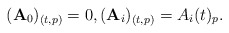
\begin{gather*}(\mathbf{A}_{0})_{(t,p)}=0,(\mathbf{A}_{i})_{(t,p)} =A_{i}(t)_{p}.\end{gather*}